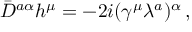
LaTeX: \bar { D } ^ { a \alpha } h ^ { \mu } = - 2 i ( \gamma ^ { \mu } \lambda ^ { a } ) ^ { \alpha } \, ,